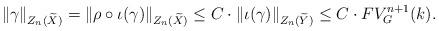
LaTeX: \begin{align*}\| \gamma \|_{Z_n(\widetilde X)} = \| \rho \circ \iota (\gamma) \|_{Z_n(\widetilde X)} \leq C \cdot \| \iota ( \gamma ) \|_{Z_n(\widetilde Y)} \leq C \cdot FV_{G}^{n+1} (k). \end{align*}